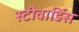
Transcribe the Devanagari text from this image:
स्‍टीवार्डिस